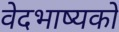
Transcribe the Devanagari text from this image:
वेदभाष्यको